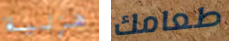
هزلية طعامك